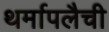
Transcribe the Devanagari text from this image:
थर्मापलैची